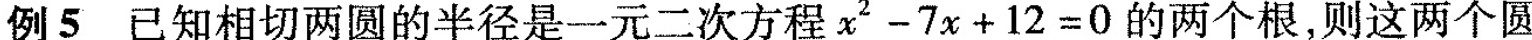
例5 已知相切两圆的半径是一元二次方程$$x ^ { 2 } - 7 x + 1 2 = 0$$ 的两个根，则这两个圆